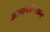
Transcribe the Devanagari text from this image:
अल्ल्स्वेन्स्कन